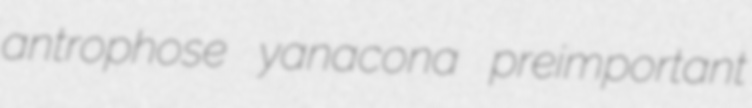
antrophose yanacona preimportant